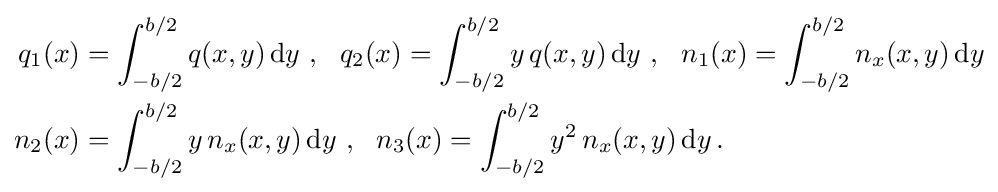
{\begin{aligned}q_{1}(x)&=\int _{-b/2}^{b/2}q(x,y)\,{\text{d}}y~,~~q_{2}(x)=\int _{-b/2}^{b/2}y\,q(x,y)\,{\text{d}}y~,~~n_{1}(x)=\int _{-b/2}^{b/2}n_{x}(x,y)\,{\text{d}}y\\n_{2}(x)&=\int _{-b/2}^{b/2}y\,n_{x}(x,y)\,{\text{d}}y~,~~n_{3}(x)=\int _{-b/2}^{b/2}y^{2}\,n_{x}(x,y)\,{\text{d}}y\,.\end{aligned}}